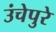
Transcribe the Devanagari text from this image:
उंचेपुरे